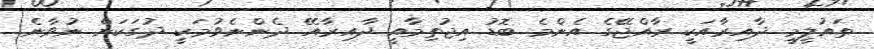
ތައުލީމީ ދާއިރާއަކީ ރާއްޖޭގެ އެންމެ ބޮޑު އިޖުތިމާއީ ދާއިރާއޭ ދެންނެވުމަކީ ދުގަކަށް ނުވާނެ